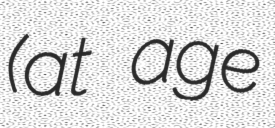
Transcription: (at age